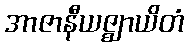
အာဇာနီယဇ္ဈာယိတံ